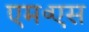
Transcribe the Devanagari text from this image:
एम॰एस